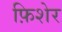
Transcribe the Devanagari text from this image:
फ़िशेर